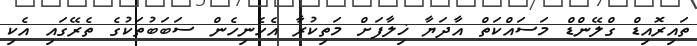
ތައިރޮއިޑް ގްލޭންޑް މަސައްކަތް އާދަޔާ ޚިލާފަށް މަތިކުރާ އެހެނިހެން ސަބަބުތަކުގެ ތެރޭގައި އެކި